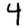
Digit: 4